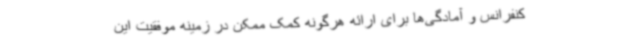
کنفرانس و آمادگی‌ها برای ارائه هرگونه کمک ممکن در زمینه موفقیت این